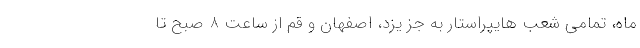
ماه، تمامی شعب هایپراستار به جز یزد، اصفهان و قم از ساعت 8 صبح تا